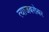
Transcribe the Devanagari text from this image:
त्याजबरोबर